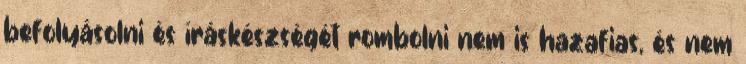
befolyásolni és íráskészségét rombolni nem is hazafias, és nem